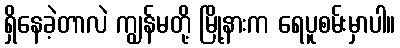
ရှိနေခဲ့တာလဲ ကျွန်မတို့ မြို့နားက ရေပူစမ်းမှာပါ။